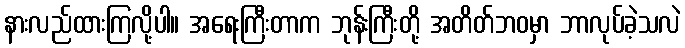
နားလည်ထားကြလို့ပါ။ အရေးကြီးတာက ဘုန်းကြီးတို့ အတိတ်ဘဝမှာ ဘာလုပ်ခဲ့သလဲ